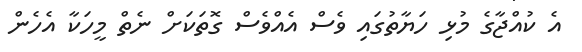
އެ ކުއްޖާގެ މުޅި ހަޔާތުގައި ވެސް އެއްވެސް ގޮތަކަށް ނެތް މީހަކާ އެހެން